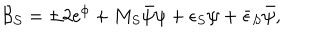
{ \cal B _ { S } } = \pm 2 e ^ { \phi } + M _ { S } \bar { \psi } \psi + \epsilon _ { S } \psi + \bar { \epsilon } _ { S } \bar { \psi } ,